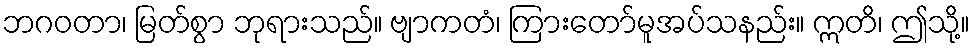
ဘဂဝတာ၊ မြတ်စွာ ဘုရားသည်။ ဗျာကတံ၊ ကြားတော်မူအပ်သနည်း။ ဣတိ၊ ဤသို့။